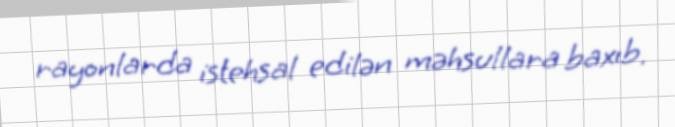
rayonlarda istehsal edilən məhsullara baxıb.